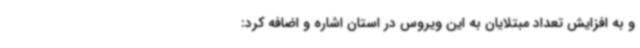
و به افزایش تعداد مبتلایان به این ویروس در استان اشاره و اضافه کرد: